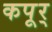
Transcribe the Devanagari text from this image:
कपूर्